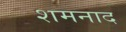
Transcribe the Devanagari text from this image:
शमनाद